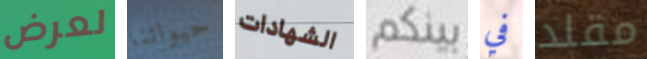
لعرض حيواتنا الشهادات بينكم في مقلد